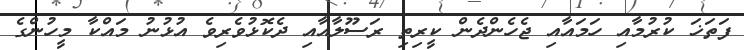
ފަތަޚަ ކުރުމާއި ހަމައާއި ޖެހެންދެން ކީރިތި ރަސޫލާއާއި ދެކޮޅުވެރިވެ އުޅުނު މައްކާ މީހުންގެ